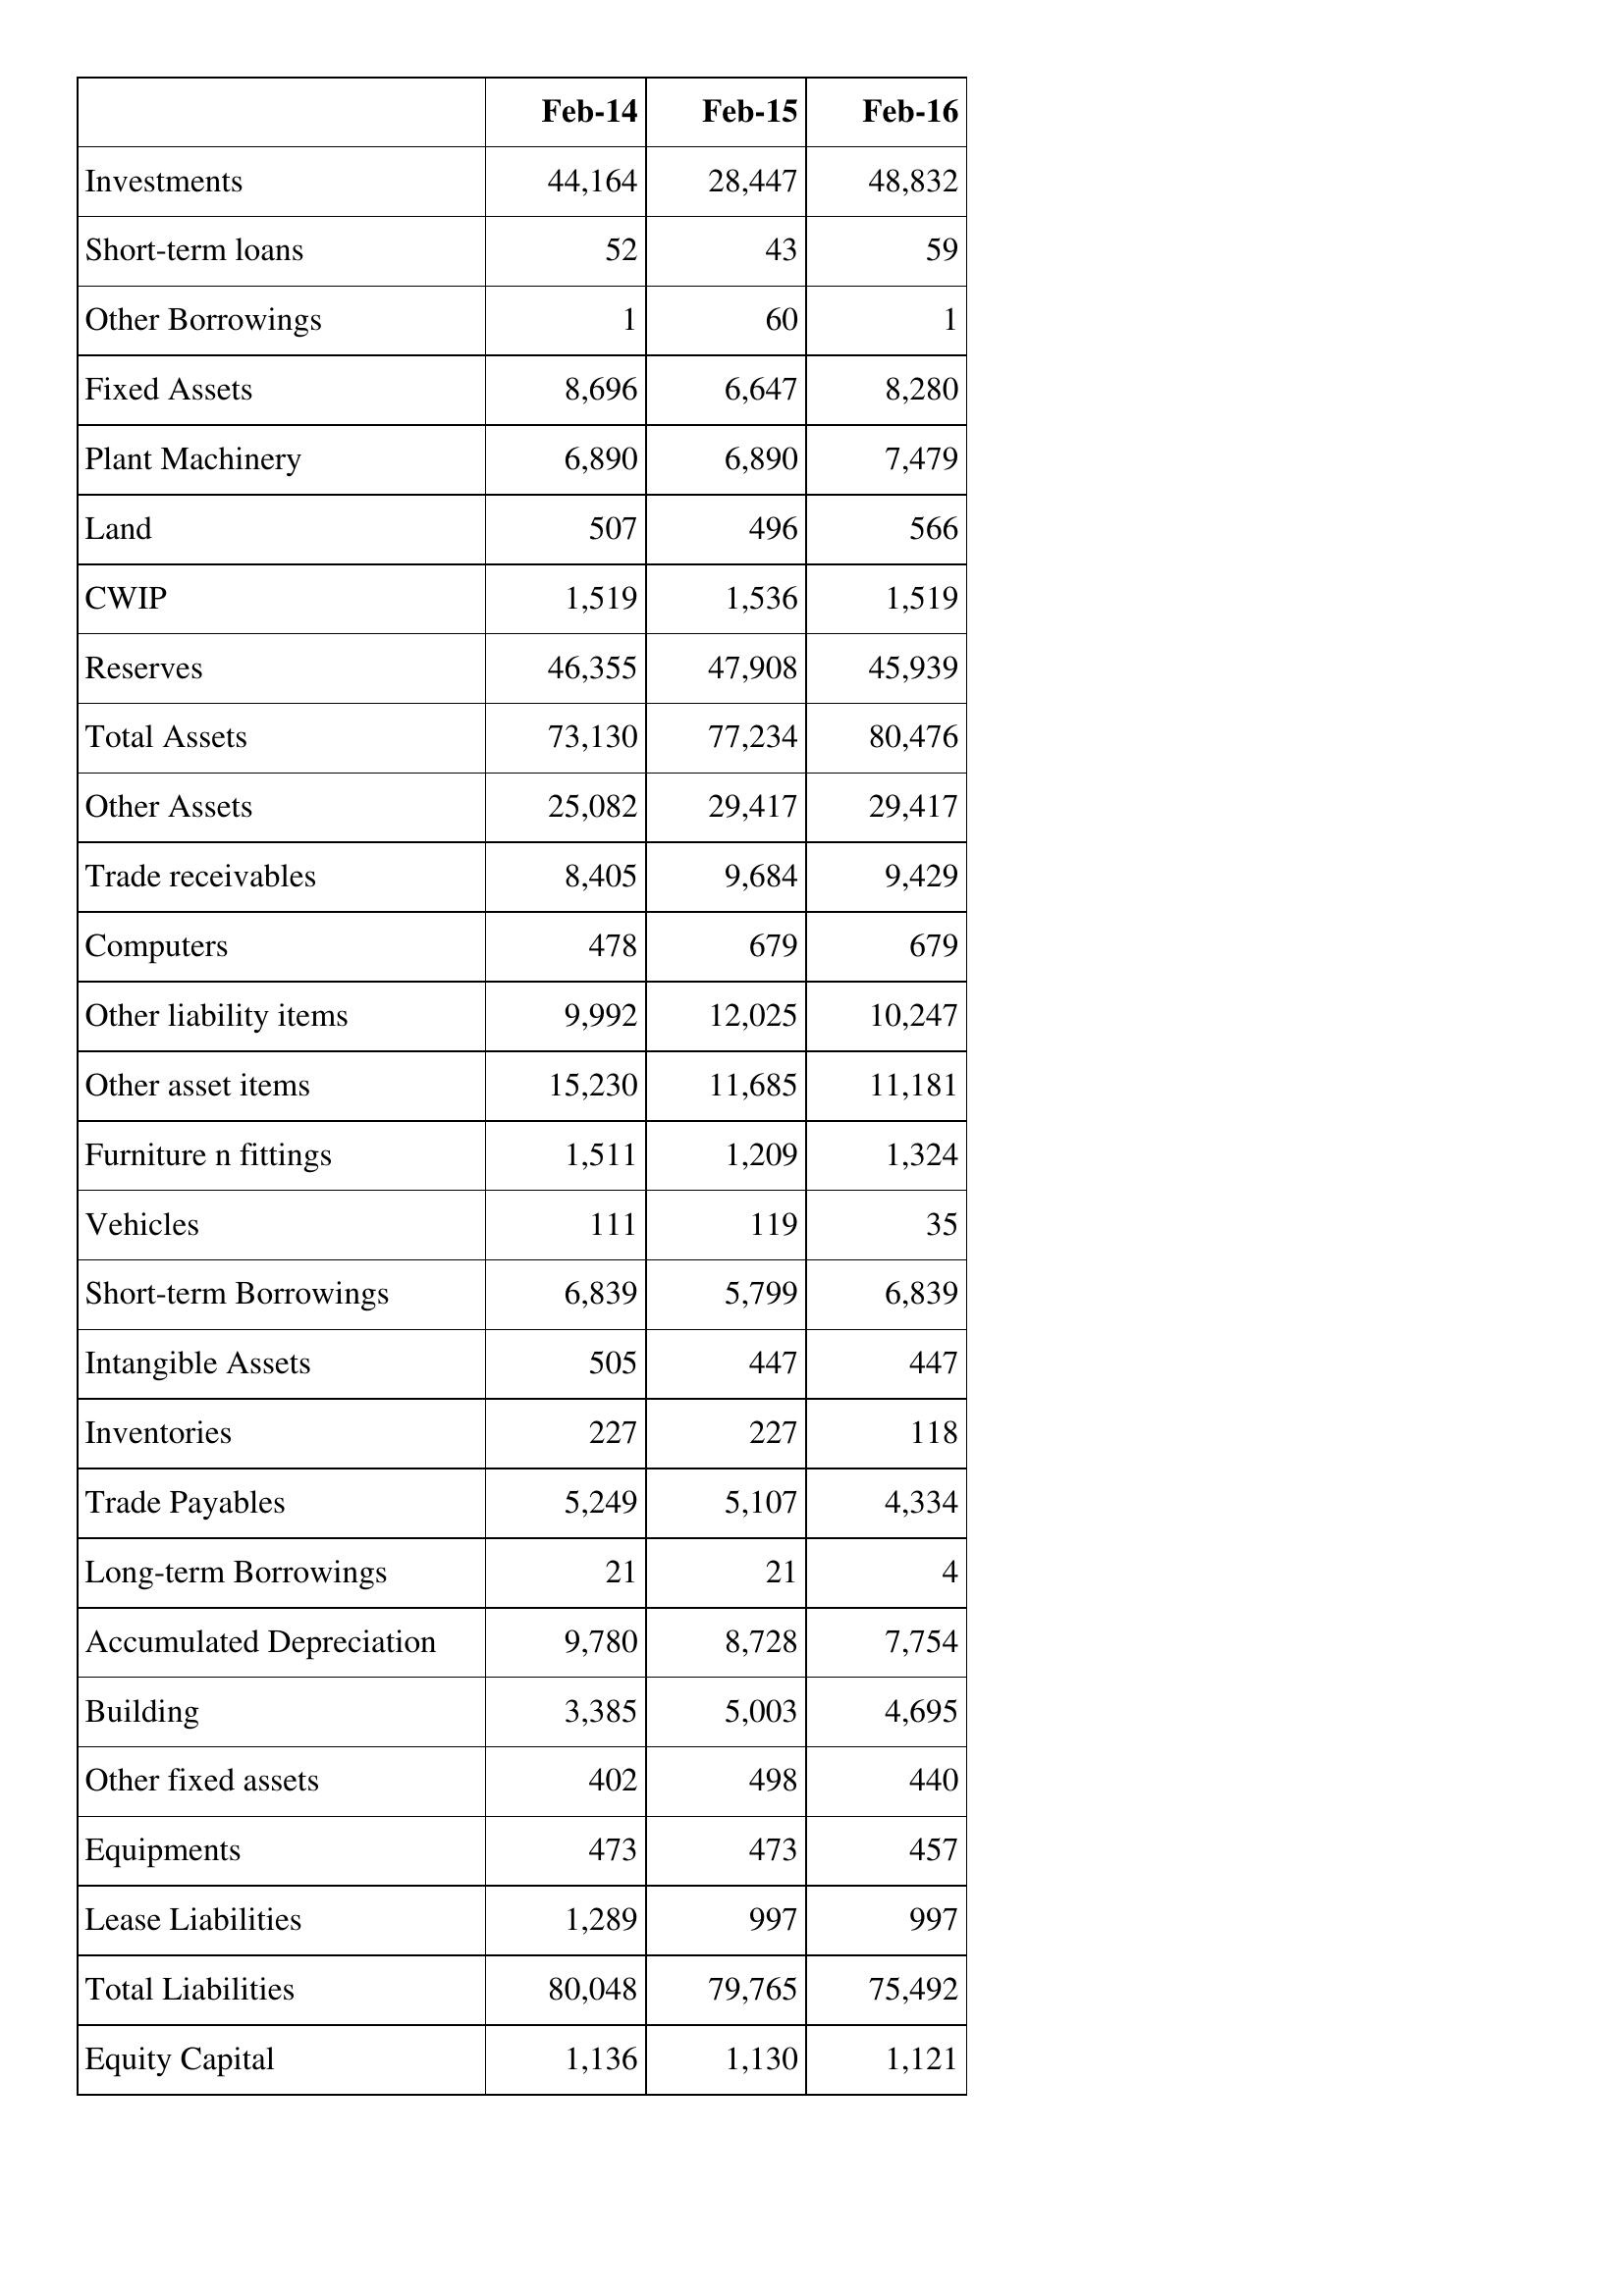
Feb-14: Balance Sheet: Investments: 44,164
Short-term loans: 52
Other Borrowings: 1
Fixed Assets: 8,696
Plant Machinery: 6,890
Land: 507
CWIP: 1,519
Reserves: 46,355
Total Assets: 73,130
Other Assets: 25,082
Trade receivables: 8,405
Computers: 478
Other liability items: 9,992
Other asset items: 15,230
Furniture n fittings: 1,511
Vehicles: 111
Short-term Borrowings: 6,839
Intangible Assets: 505
Inventories: 227
Trade Payables: 5,249
Long-term Borrowings: 21
Accumulated Depreciation: 9,780
Building: 3,385
Other fixed assets: 402
Equipments: 473
Lease Liabilities: 1,289
Total Liabilities: 80,048
Equity Capital: 1,136
Feb-15: Balance Sheet: Investments: 28,447
Short-term loans: 43
Other Borrowings: 60
Fixed Assets: 6,647
Plant Machinery: 6,890
Land: 496
CWIP: 1,536
Reserves: 47,908
Total Assets: 77,234
Other Assets: 29,417
Trade receivables: 9,684
Computers: 679
Other liability items: 12,025
Other asset items: 11,685
Furniture n fittings: 1,209
Vehicles: 119
Short-term Borrowings: 5,799
Intangible Assets: 447
Inventories: 227
Trade Payables: 5,107
Long-term Borrowings: 21
Accumulated Depreciation: 8,728
Building: 5,003
Other fixed assets: 498
Equipments: 473
Lease Liabilities: 997
Total Liabilities: 79,765
Equity Capital: 1,130
Feb-16: Balance Sheet: Investments: 48,832
Short-term loans: 59
Other Borrowings: 1
Fixed Assets: 8,280
Plant Machinery: 7,479
Land: 566
CWIP: 1,519
Reserves: 45,939
Total Assets: 80,476
Other Assets: 29,417
Trade receivables: 9,429
Computers: 679
Other liability items: 10,247
Other asset items: 11,181
Furniture n fittings: 1,324
Vehicles: 35
Short-term Borrowings: 6,839
Intangible Assets: 447
Inventories: 118
Trade Payables: 4,334
Long-term Borrowings: 4
Accumulated Depreciation: 7,754
Building: 4,695
Other fixed assets: 440
Equipments: 457
Lease Liabilities: 997
Total Liabilities: 75,492
Equity Capital: 1,121